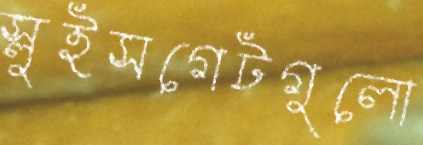
স্লুইসগেটগুলো